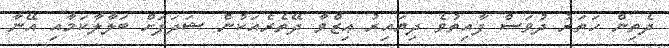
ދެތިން ހަތަރު ދުވަސް ފާއިތުވެ ދިޔައިރު ޢިޒްވާ ދޭތެރެއަކުން ޝަދަފަށް ބަލާލާކަމާއި އޭނާ